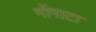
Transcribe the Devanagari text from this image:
गोंगाटा